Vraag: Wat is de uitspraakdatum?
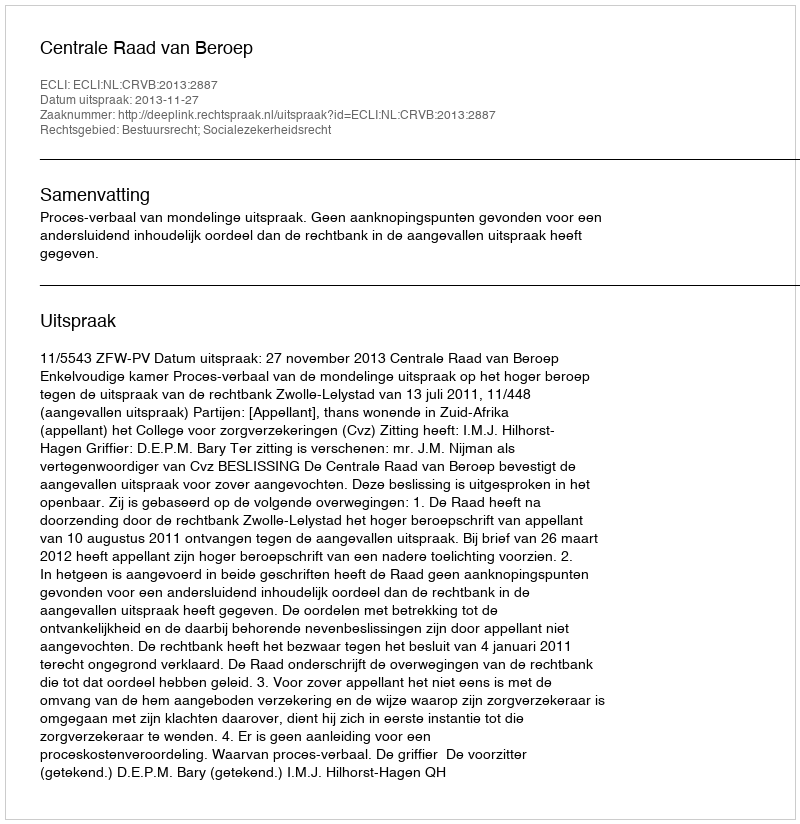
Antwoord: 2013-11-27